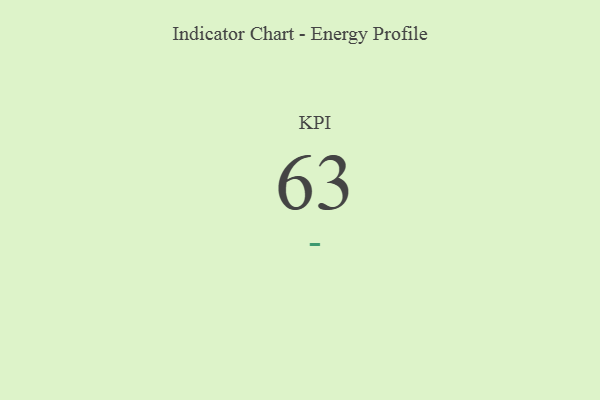
{"axis": {"x": "KPI", "y": "Value"}, "legend": [""], "data": [{"x": "KPI", "y": 63, "type": ""}]}